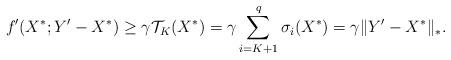
LaTeX: \begin{align*}f'(X^*;Y'-X^*) &\ge\gamma\mathcal{T}_K(X^*)=\gamma\sum_{i=K+1}^q\sigma_i(X^*)=\gamma\|Y'-X^*\|_*.\end{align*}